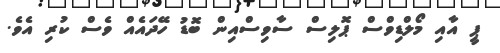
ޕީ އާއި މޯލްޑިވްސް ޕޮލިސް ސާވިސްއިން ބޮޑު ހޭދައެއް ވެސް ކުރި އެވެ.